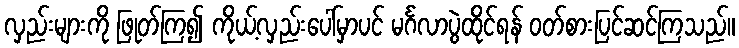
လှည်းများကို ဖြုတ်ကြ၍ ကိုယ့်လှည်းပေါ်မှာပင် မင်္ဂလာပွဲထိုင်ရန် ဝတ်စားပြင်ဆင်ကြသည်။